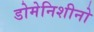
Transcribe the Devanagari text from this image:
डोमेनिशीनो